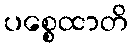
ပစ္စေထာတိ